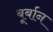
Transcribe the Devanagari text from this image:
बूर्बान